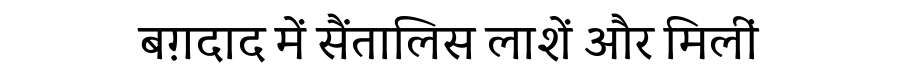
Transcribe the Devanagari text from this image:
बग़दाद में सैंतालिस लाशें और मिलीं